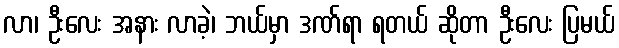
လာ၊ ဦးလေး အနား လာခဲ့၊ ဘယ်မှာ ဒဏ်ရာ ရတယ် ဆိုတာ ဦးလေး ပြမယ်